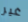
غير